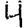
Digit: 4